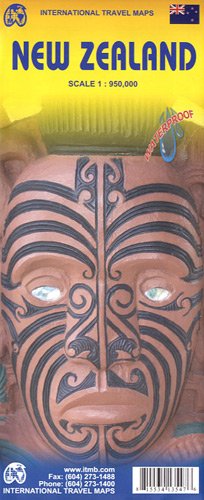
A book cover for New Zealand 1:950,000 Travel Map; ITM Canada; Reference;